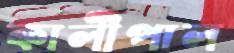
কালীপাল